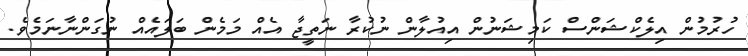
ހުރުމުން އިލެކްޝަންސް ކަމިޝަނުން އިއުލާން ނުކުރާ ނަތީޖާ އެެއް މަމެން ބަލައެއް ނުގަންނާނަމެވެ.